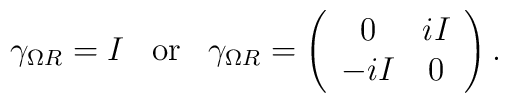
\gamma_{\Omega R} =I \;\;\; \mbox{or}\;\;\; \gamma_{\Omega R} =\left( \begin{array}{c c } 0 & iI \\ -iI & 0\end{array}\right) .